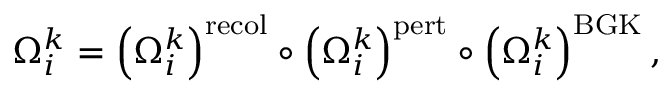
\Omega _ { i } ^ { k } = \left( \Omega _ { i } ^ { k } \right) ^ { \mathrm { r e c o l } } \circ \left( \Omega _ { i } ^ { k } \right) ^ { \mathrm { p e r t } } \circ \left( \Omega _ { i } ^ { k } \right) ^ { \mathrm { B G K } } ,